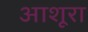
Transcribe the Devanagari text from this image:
आशूरा